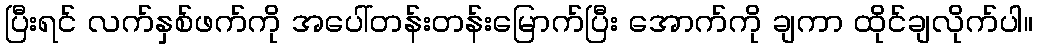
ပြီးရင် လက်နှစ်ဖက်ကို အပေါ်တန်းတန်းမြောက်ပြီး အောက်ကို ချကာ ထိုင်ချလိုက်ပါ။